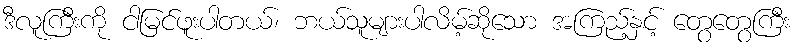
ဒီလူကြီးကို ငါမြင်ဖူးပါတယ်၊ ဘယ်သူများပါလိမ့်ဆိုသော အကြည့်နှင့် တွေတွေကြီး